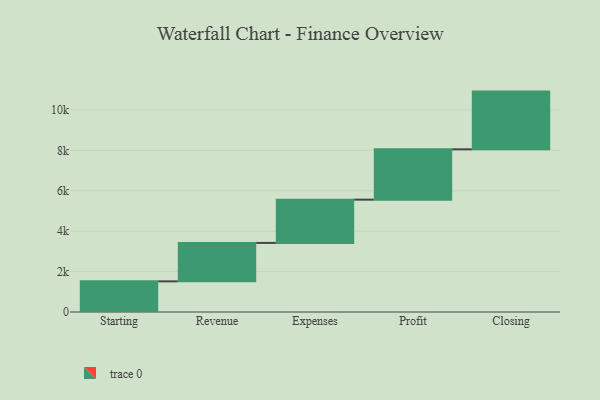
{"axis": {"x": "Step", "y": "Value"}, "legend": [""], "data": [{"x": "Starting", "y": 1516.0, "type": ""}, {"x": "Revenue", "y": 1903.0, "type": ""}, {"x": "Expenses", "y": 2141.0, "type": ""}, {"x": "Profit", "y": 2490.0, "type": ""}, {"x": "Closing", "y": 2856.0, "type": ""}]}